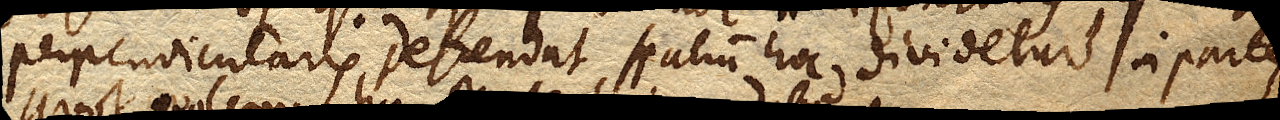
perpendicularis descendat, spatium hoc dividetur in partes